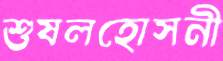
শুষলহোসনী